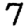
Digit: 7